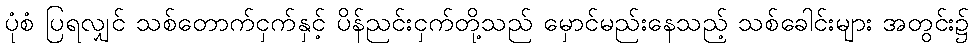
ပုံစံ ပြရလျှင် သစ်တောက်ငှက်နှင့် ပိန်ညင်းငှက်တို့သည် မှောင်မည်းနေသည့် သစ်ခေါင်းများ အတွင်း၌